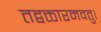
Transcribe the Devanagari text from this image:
तद्वक्तारमवतु।